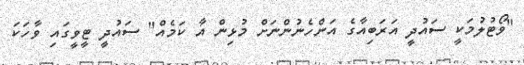
"ވޯޓުލުމަކީ ސައުދީ އަރަބިއާގެ އަންހެނުންނަށް މުޅިން އާ ކަމެއް" ސައުދީ ޓީވީގައި ވާހަކަ